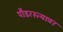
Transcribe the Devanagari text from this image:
पौडरस्त्यावर